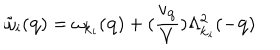
LaTeX: { \tilde { \omega } } _ { i } ( { \bf { q } } ) = \omega _ { { \bf { k } } _ { i } } ( { \bf { q } } ) + ( \frac { v _ { { \bf { q } } } } { V } ) \Lambda _ { { \bf { k } } _ { i } } ^ { 2 } ( - { \bf { q } } )